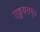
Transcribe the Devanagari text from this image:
उड्डयनम्।